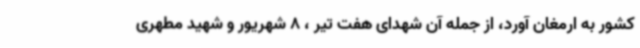
کشور به ارمغان آورد، از جمله آن شهدای هفت تیر ، 8 شهریور و شهید مطهری